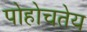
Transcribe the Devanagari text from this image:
पोहोचतेय